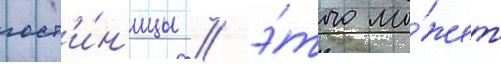
гост'и́н'ицы / э́того мо́жет